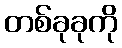
တစ်ခုခုကို